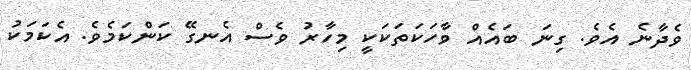
ވެދާނެ އެވެ. ގިނަ ބައެއް ވާހަކަތަކަކީ މިހާރު ވެސް އެނގޭ ކަންކަމެވެ. އެކަމަކު